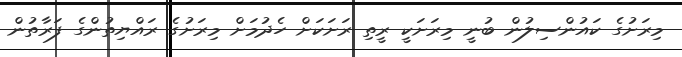
މިރަށުގެ ކައުންސިލުން ބުނީ މިރަށަކީ ރީތި ރަށަކަށް ހެދުމަށް މިރަށުގެ ރައްޔިތުންގެ ފަރާތުން